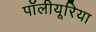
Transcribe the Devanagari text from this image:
पॉलीयूरिया